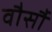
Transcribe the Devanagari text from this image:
वौर्सौ